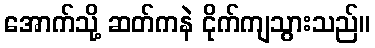
အောက်သို့ ဆတ်ကနဲ ငိုက်ကျသွားသည်။